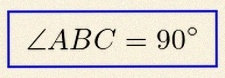
\angle ABC=90^\circ